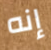
إنه